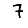
Digit: 7